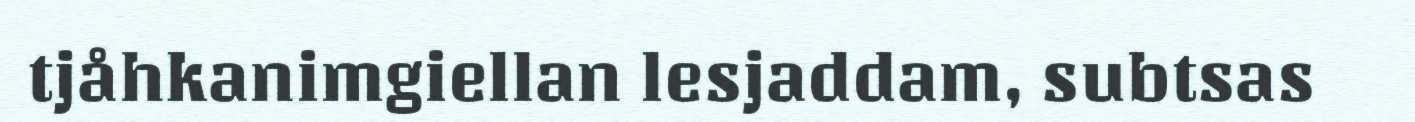
tjåhkanimgiellan lesjaddam, subtsas